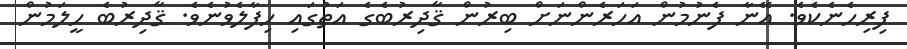
ފިރިހެނެކެވެ. އޭނާ ފެނުމުން އަހަރެންނަށް ބިރުން ޤާދިރުބެގެ އަތުގައި ހިފާލެވުނެވެ. ޤާދިރުބެ ހީލަމުން